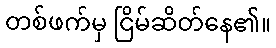
တစ်ဖက်မှ ငြိမ်ဆိတ်နေ၏။